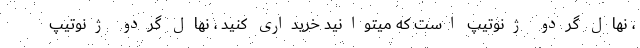
، نهال گردو ژنوتیپ است که میتوانید خریداری کنید ، نهال گردو ژنوتیپ